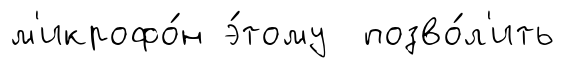
м'икрофо́н э́тому позво́л'ить